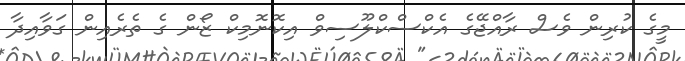
މީގެ ކުރިން ވެސް ރާއްޖޭގެ އެކްސްކްލޫސިވް އިކޮނޮމިކް ޒޯން ގެ ތެރެއިން ގަވާއިދާ